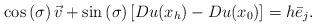
LaTeX: \begin{align*}\cos\left( \sigma\right) \vec{v}+\sin\left( \sigma\right) \left[Du(x_{h})-Du(x_{0})\right] =h\bar{e}_{j}. \end{align*}